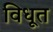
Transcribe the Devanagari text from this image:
विधूत